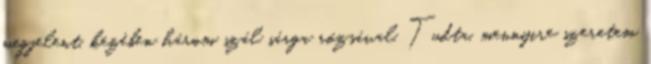
megjelent, kezében három szál sárga rózsával. Tudta, mennyire szeretem